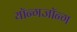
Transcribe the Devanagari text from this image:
यॉन्गजॉन्ग